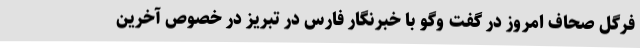
فرگل صحاف امروز در گفت وگو با خبرنگار فارس در تبریز در خصوص آخرین